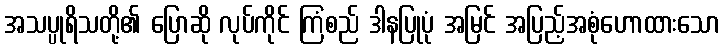
အသပ္ပုရိသတို့၏ ပြောဆို လုပ်ကိုင် ကြံစည် ဒါနပြုပုံ အမြင် အပြည့်အစုံဟောထားသော